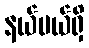
နယ်ပယ်ရှိ